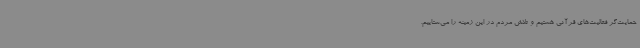
حمایت‌گر فعالیت‌های قرآنی هستیم و تلاش مردم در این زمینه را می‌ستاییم.